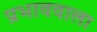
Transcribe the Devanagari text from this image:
प्रभाववाला